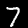
Label: 7